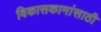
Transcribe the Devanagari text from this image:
विकासकामांसाठी